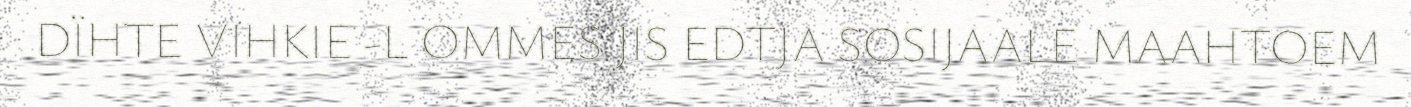
DÏHTE VIHKIE -L OMMES JIS EDTJA SOSIJAALE MAAHTOEM